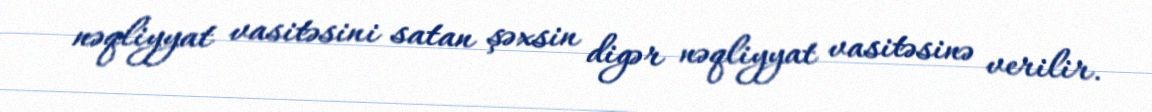
nəqliyyat vasitəsini satan şəxsin digər nəqliyyat vasitəsinə verilir.